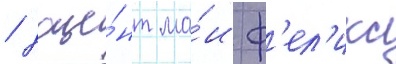
/ доце́нт ма́и ф'ел'икс